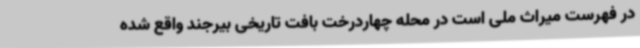
در فهرست میراث ملی است در محله چهاردرخت بافت تاریخی بیرجند واقع شده